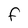
Character: f